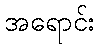
အရောင်း